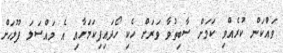
ވައްކަން ކުރެއްވި ކަމަށް ސާބިތުވާ ވަރަށް ހެކި ހޯދައިފިކަމަށާއި އެ މައްސަލަ ފުލުހަށް